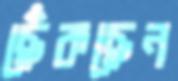
ছেঁকছেন